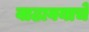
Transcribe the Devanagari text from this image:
वाढावयाचे